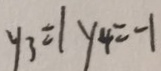
y _ { 3 } = 1 y _ { 4 } = - 1